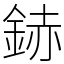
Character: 䤲